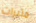
مثيرات